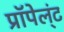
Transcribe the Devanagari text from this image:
प्रॉपेल्ंट